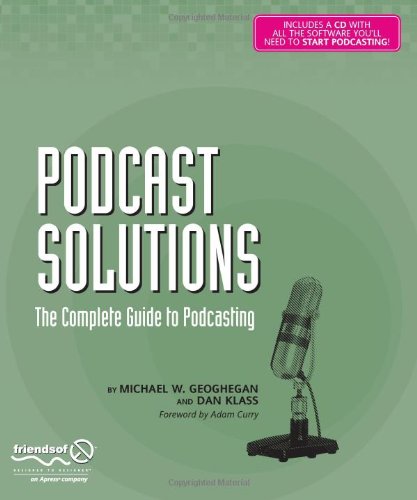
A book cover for Podcast Solutions: The Complete Guide to Podcasting; Michael W. Geoghegan; Computers & Technology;